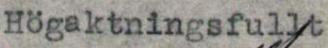
Högaktningsfullt